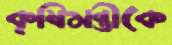
কৃষিমন্ত্রীকে